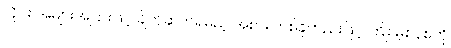
လိုင်း အများအပြားဖြင့် ချိတ်ဆက်ရမည့် အစား တစ်ခုတည်းဖြင့် ကြိုး မဲ့စနစ်ကို